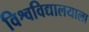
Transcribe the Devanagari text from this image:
विश्वविद्यालयाला